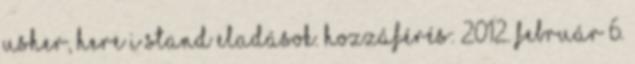
Usher, Here I Stand eladások. Hozzáférés: 2012. február 6.